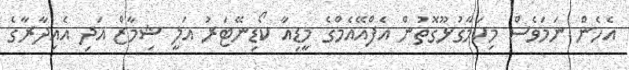
އެހެން ނަމަވެސް މިކަމާގުޅޫގޮތުން އެފްއޭއެމްގެ މީޑިއާ ކޯޑިނޭޓަރު އަލީ ޝިމާޒް އަދި އެއިދާރާގެ